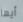
أيها